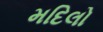
મદિલો